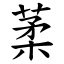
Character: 葇